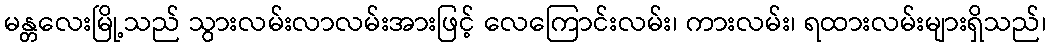
မန္တလေးမြို့သည် သွားလမ်းလာလမ်းအားဖြင့် လေကြောင်းလမ်း၊ ကားလမ်း၊ ရထားလမ်းများရှိသည်၊